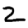
Digit: 2